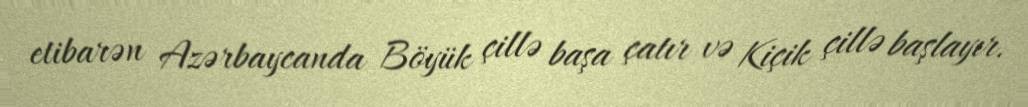
etibarən Azərbaycanda Böyük çillə başa çatır və Kiçik çillə başlayır.